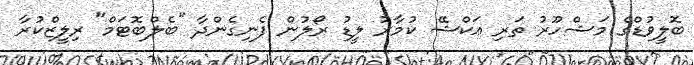
ބޮލީވުޑްގެ މަޝްހޫރު ތަރި އަކްޝޭ ކުމާރު ލީޑު ރޯލުން ފެނިގެންދާ "ބެލްބޮޓަމް" ރިލީޒްކުރާ